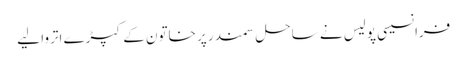
فرانسیسی پولیس نے ساحل سمندر پر خاتون کے کپڑے اتروا لیے